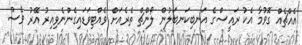
އެއްޗެއް ގޮވުމާ އެކު ރައީސްގެ އަނބިކަނބަލުން ލޯންޗް ތެރެއަށް ވެއްޓިވަޑައިގެންނެވިއިރު އޭރު ވެސް